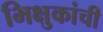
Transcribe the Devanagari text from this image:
भिक्षुकांची